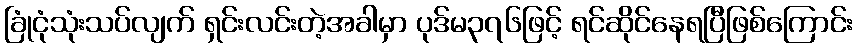
ခြုံငုံသုံးသပ်လျက် ရှင်းလင်းတဲ့အခါမှာ ပုဒ်မ၃၇၆ဖြင့် ရင်ဆိုင်နေရပြီဖြစ်ကြောင်း